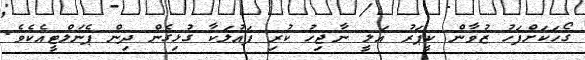
ގޯހަކަށްފަހު ޒުވާން ކީޕަރު އަލީ ނާޖިހު ކުރި ފައުލަކާ ގުޅިގެން ދިން ޕެނަލްޓީއެކެވެ.